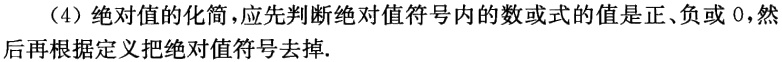
（4）绝对值的化简，应先判断绝对值符号内的数或式的值是正、负或 0，然后再根据定义把绝对值符号去掉.